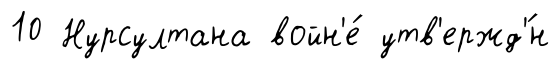
10 Нурсултана войн'е́ утв'ержд'́н